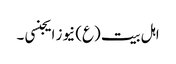
اہل بیت (ع) نیوز ایجنسی ۔